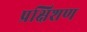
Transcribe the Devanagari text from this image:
प्रक्षिशण